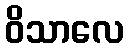
ဝိသာလေ